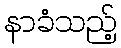
နာခံသည့်